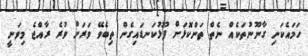
ހަމައެކަނި ގާނޫނުތަކެއް ނެތް ތަންކޮޅަށް ފޫޅުކަނޑައިގެން ތިބެވޭ ވަރަށް ވުރެ ރާއްޖެ މިވަނީ